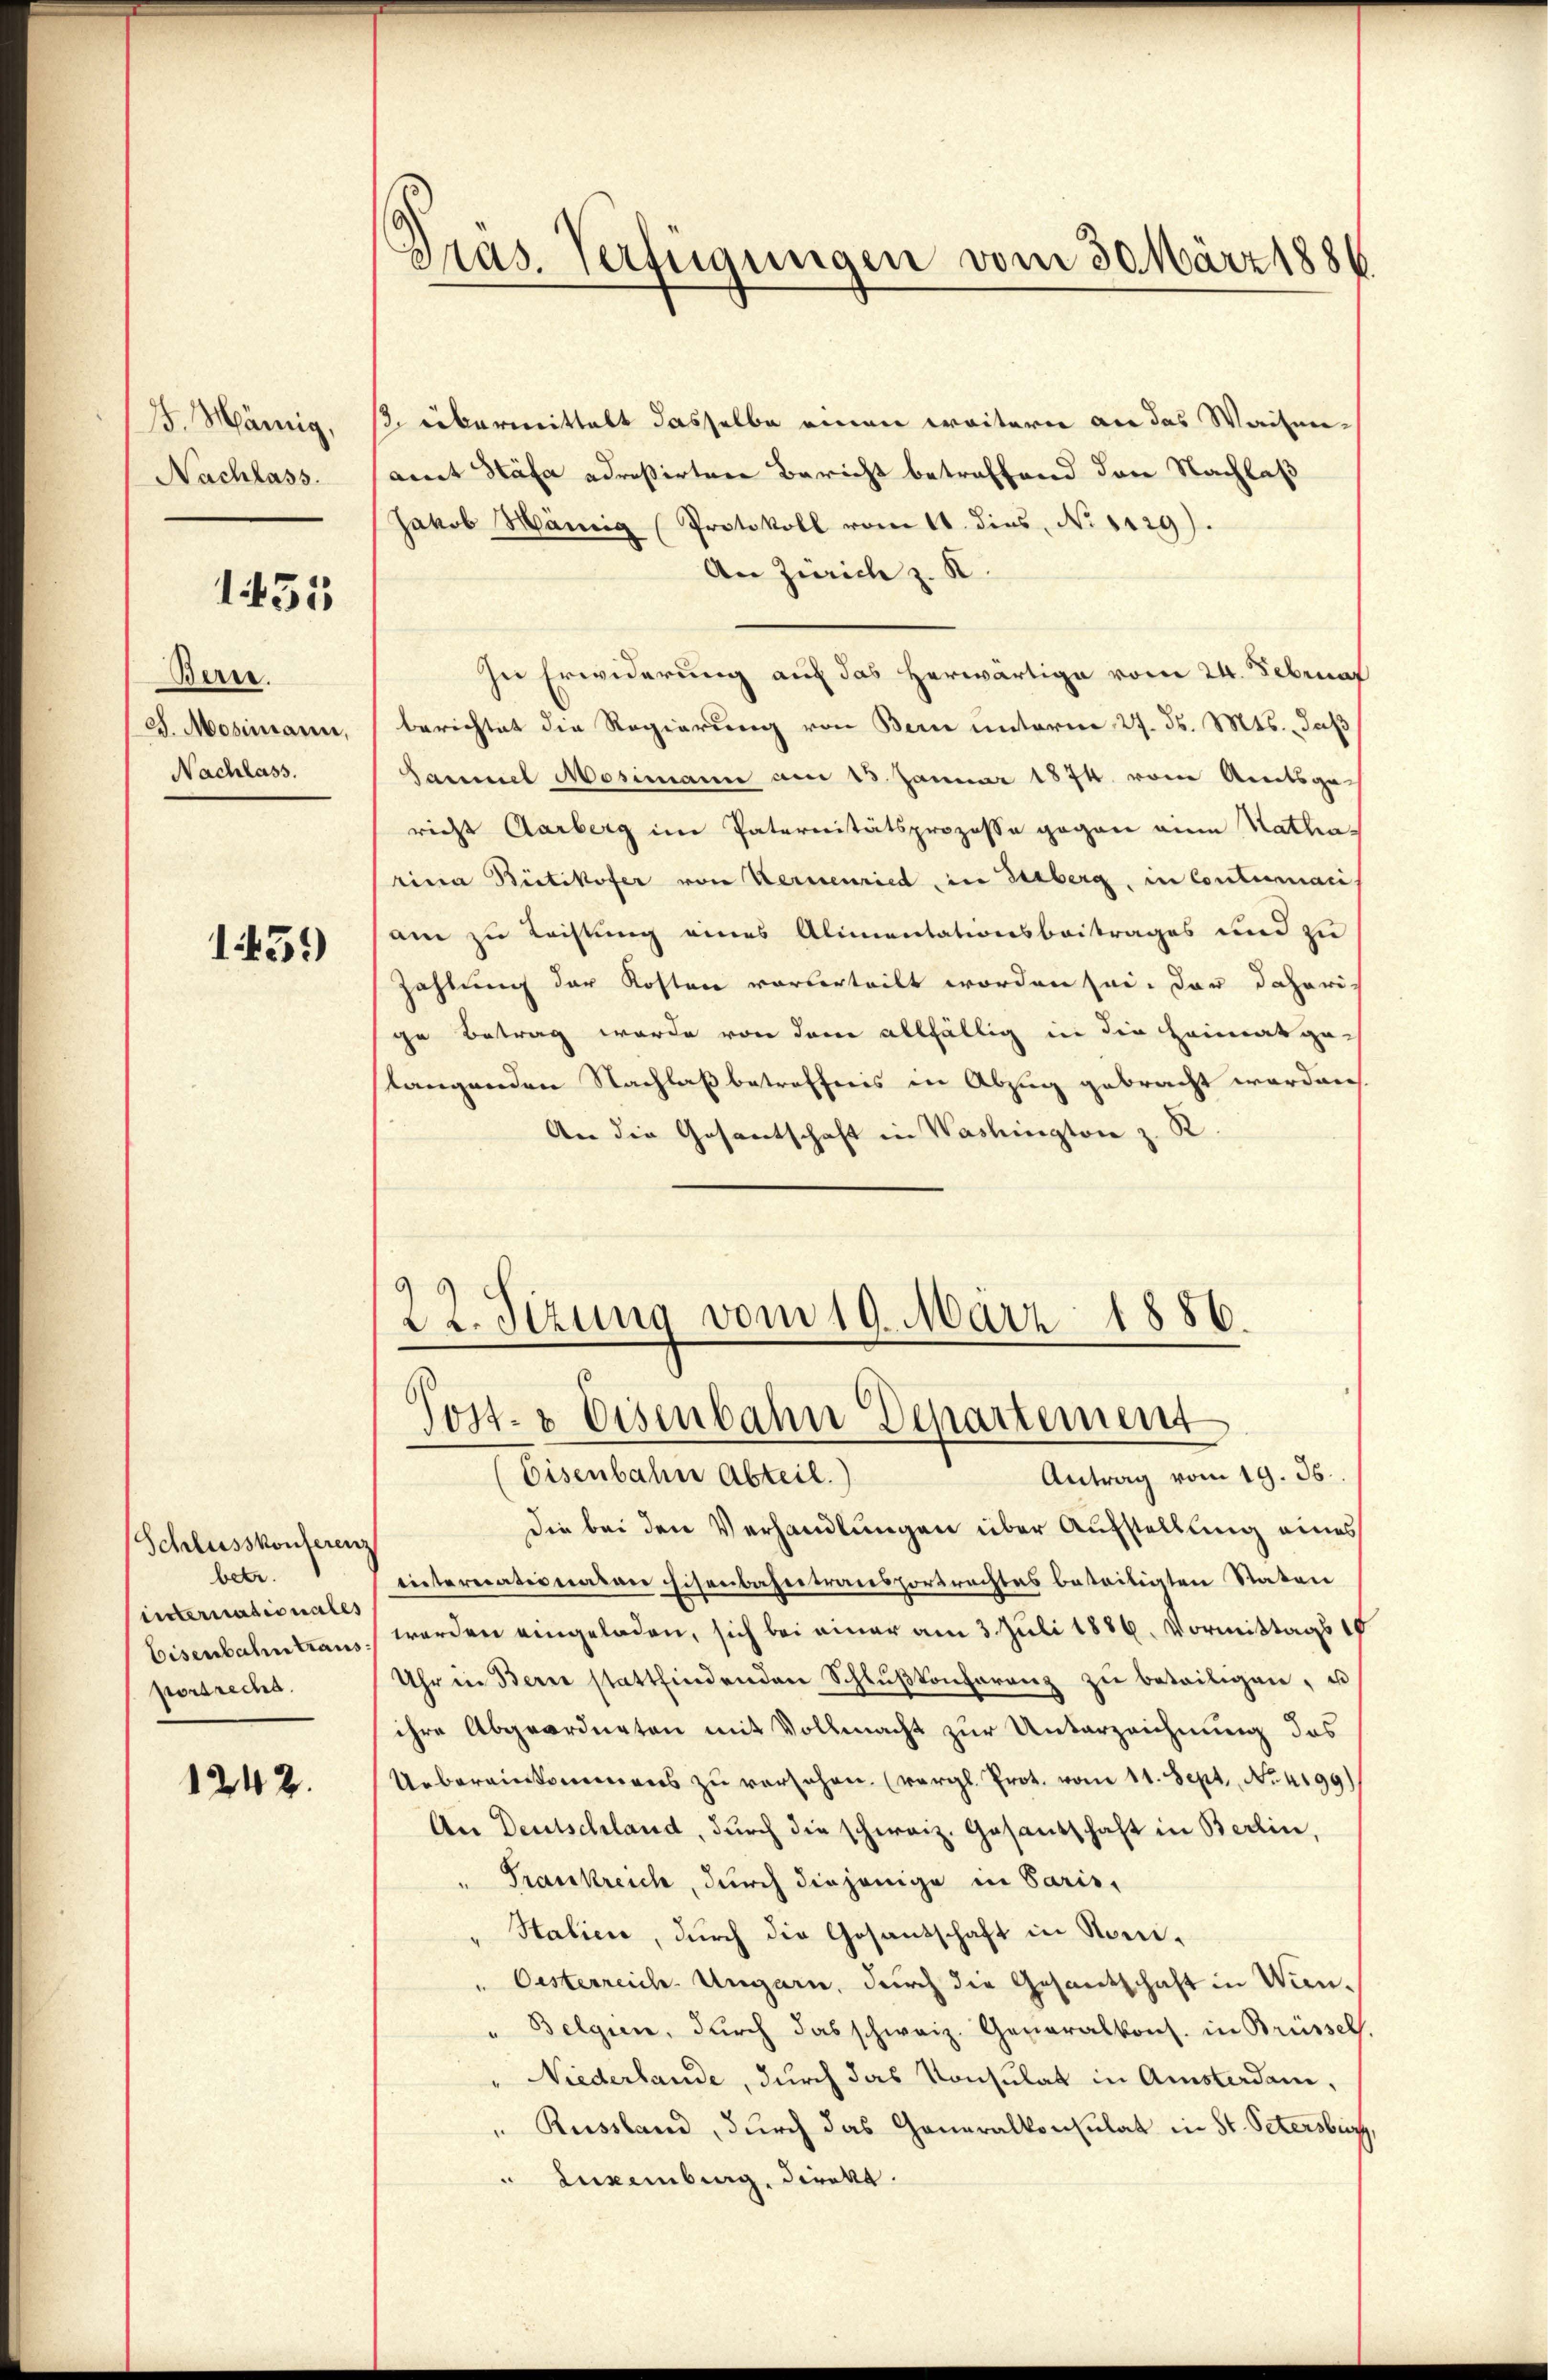
15. Märtig,
Nachlass.

155

Berre.
. Mosimann,
Nachlass.

1459)

Schlusskonferenz
betr.
internationales
Eisenbahn traus
porsrecht.

1242.

Pras. Verfügungen vom 30. März 1886.

/3. übermittelt dasselbe einen weitern an das Waisen-
amt Stäfa adreßirtere Bericht betreffend den Nachlaß
Jakob Hämig (Protokoll vom 14. dies, No 1129).
An Zürich z. K.
In Erwiderung auf das herwärtige vom 24. Februar
berichtet die Regierung von Bern unterm 27. ds. Mts., daß
Sammel Mosimann am 13. Januar 1874 vom Amtsge-
richt Aarberg im Paternitätsprozesse gegen eine Katharina Bütikofer von Kernenried in Serberg, in Contumaci
am zu Leistung eines Alimentationsbeitrages und zu
Zahlung der Kosten vorberteilt worden sei. Das daherige Betrag wurde von dem allfällig in die Heimatgetangenden Nachlaß betreffnis in Abzug gebracht worden
An die Gesantschaft in Washington z. R.
22. Sizung vom 19. März 1886.
Post- & Eisenbahn Departement
Antrag vom 19. 36.
(Eisenbahn Abteil.)
die bei den Verhandlungen über Aufstellung eines
internationaten Eisenbahntransportrachtes beteiligten Staten
werden eingeladen, sich bei einer am 3. Juli 1886. Vormittags 18
Uhr in Bern stattfindenden Schlŭβkonferenz zŭ beteiligen, es
ihre Abgeordneten mit Vollmacht zur Unterzeichnung des
Uebereinkommens zu versehen. (vergl. Prot. vom 11. Sept. No. 4199)
An Deutschland, durch die schweiz. Gesandschaft in Berlin,
Frankreich, durch diejenige in Saris,
Stalien, durch die Gesantschaft in Nomi¬
" Oesterreich. Ungarn, durch die Gesantschaft in Win¬
Belgien, durch das schweiz. Generalkons. in Brüssels.
" Niederlande, durch das Konsulat in Amstaden,
" Russland, durch das Generalkonsulat in St. Petersburg,
" Luxenberg, Direkt.